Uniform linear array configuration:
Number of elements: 16
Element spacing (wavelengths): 0.5
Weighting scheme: binomial
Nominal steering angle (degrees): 15
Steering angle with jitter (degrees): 16.009
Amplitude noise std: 0.05
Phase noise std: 0.05

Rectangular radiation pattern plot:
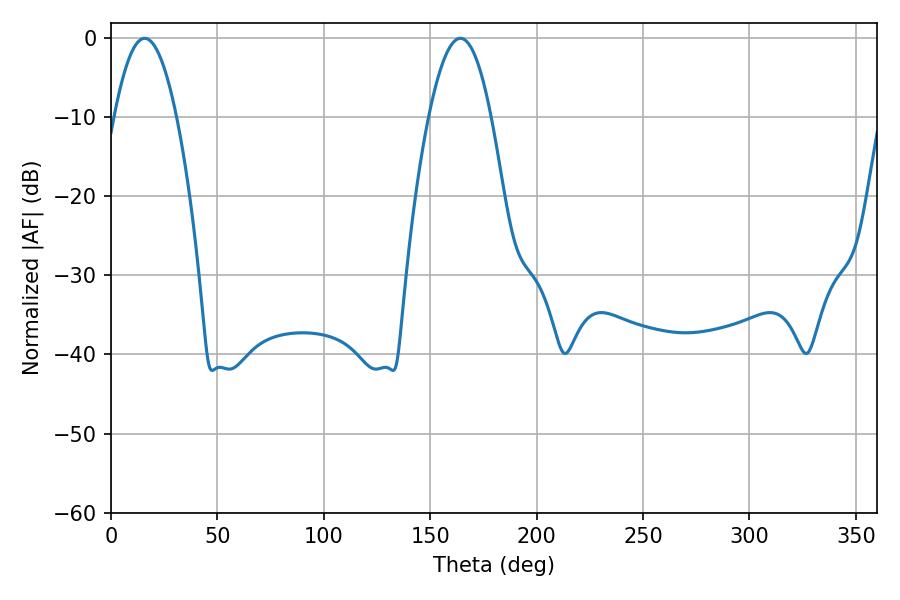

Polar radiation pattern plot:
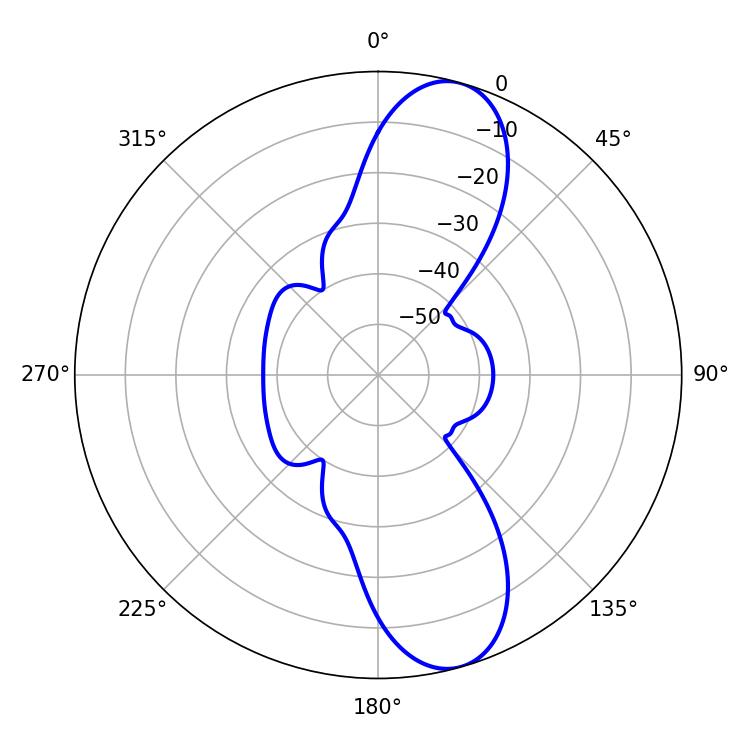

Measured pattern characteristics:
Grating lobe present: FALSE
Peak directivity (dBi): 10.864
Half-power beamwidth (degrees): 16.02
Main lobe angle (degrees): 15.84